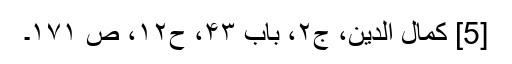
[5] کمال الدین، ج۲، باب ۴۳، ح۱۲، ص ۱۷۱۔